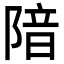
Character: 隌